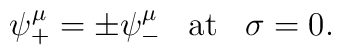
\psi ^\mu _+ = \pm \psi^\mu _-\;\;\; \mbox{at} \;\;\; \sigma =0 .